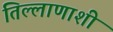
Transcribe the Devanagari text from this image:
तिल्लाणाशी